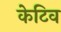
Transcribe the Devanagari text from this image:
केटिव